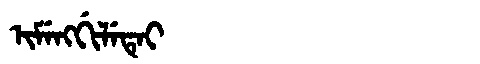
Manchu: ᡳᠮᡝᠩᡤᡳᠯᡝᡨᡝᡳ
Romanization: IMENGGILETEI